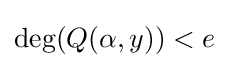
\deg(Q(\alpha ,y))<e